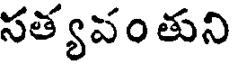
సత్యవం తుని